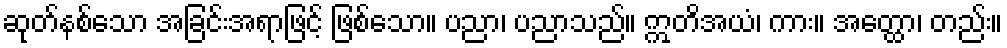
ဆုတ်နစ်သော အခြင်းအရာဖြင့် ဖြစ်သော။ ပညာ၊ ပညာသည်။ ဣတိအယံ၊ ကား။ အတ္ထော၊ တည်း။